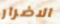
الاضرار